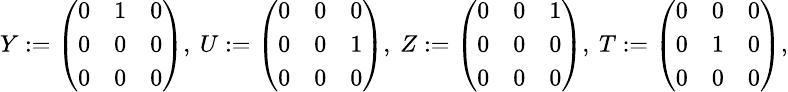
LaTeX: {\small Y:=\left(\begin{array}{lll}{0}&{1}&{0}\\ {0}&{0}&{0}\\ {0}&{0}&{0}\end{array}\right),\ U:=\left(\begin{array}{lll}{0}&{0}&{0}\\ {0}&{0}&{1}\\ {0}&{0}&{0}\end{array}\right),\ Z:=\left(\begin{array}{lll}{0}&{0}&{1}\\ {0}&{0}&{0}\\ {0}&{0}&{0}\end{array}\right),\ T:=\left(\begin{array}{lll}{0}&{0}&{0}\\ {0}&{1}&{0}\\ {0}&{0}&{0}\end{array}\right),}